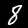
Label: 8